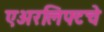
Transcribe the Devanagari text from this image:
एअरलिफ्टचे